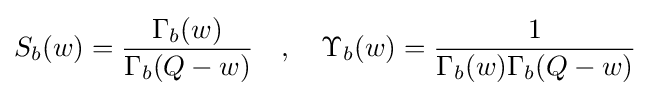
S_{b}(w)={\frac {\Gamma _{b}(w)}{\Gamma _{b}(Q-w)}}\quad ,\quad \Upsilon _{b}(w)={\frac {1}{\Gamma _{b}(w)\Gamma _{b}(Q-w)}}\